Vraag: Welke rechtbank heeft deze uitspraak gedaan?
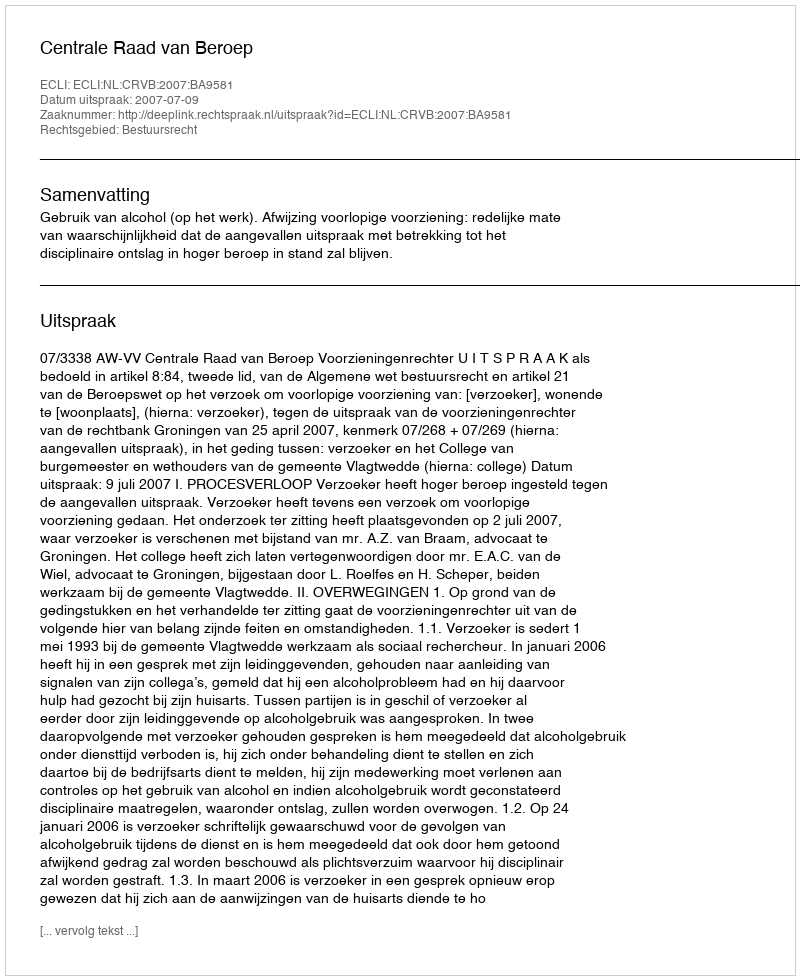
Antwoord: Centrale Raad van Beroep